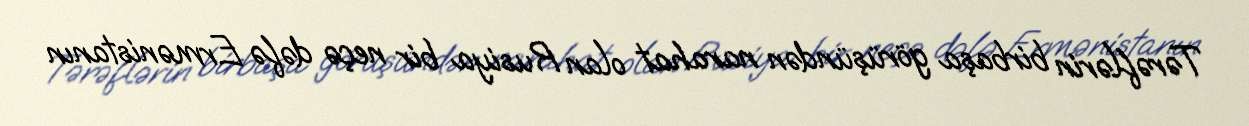
Tərəflərin birbaşa görüşündən narahat olan Rusiya bir neçə dəfə Ermənistanın